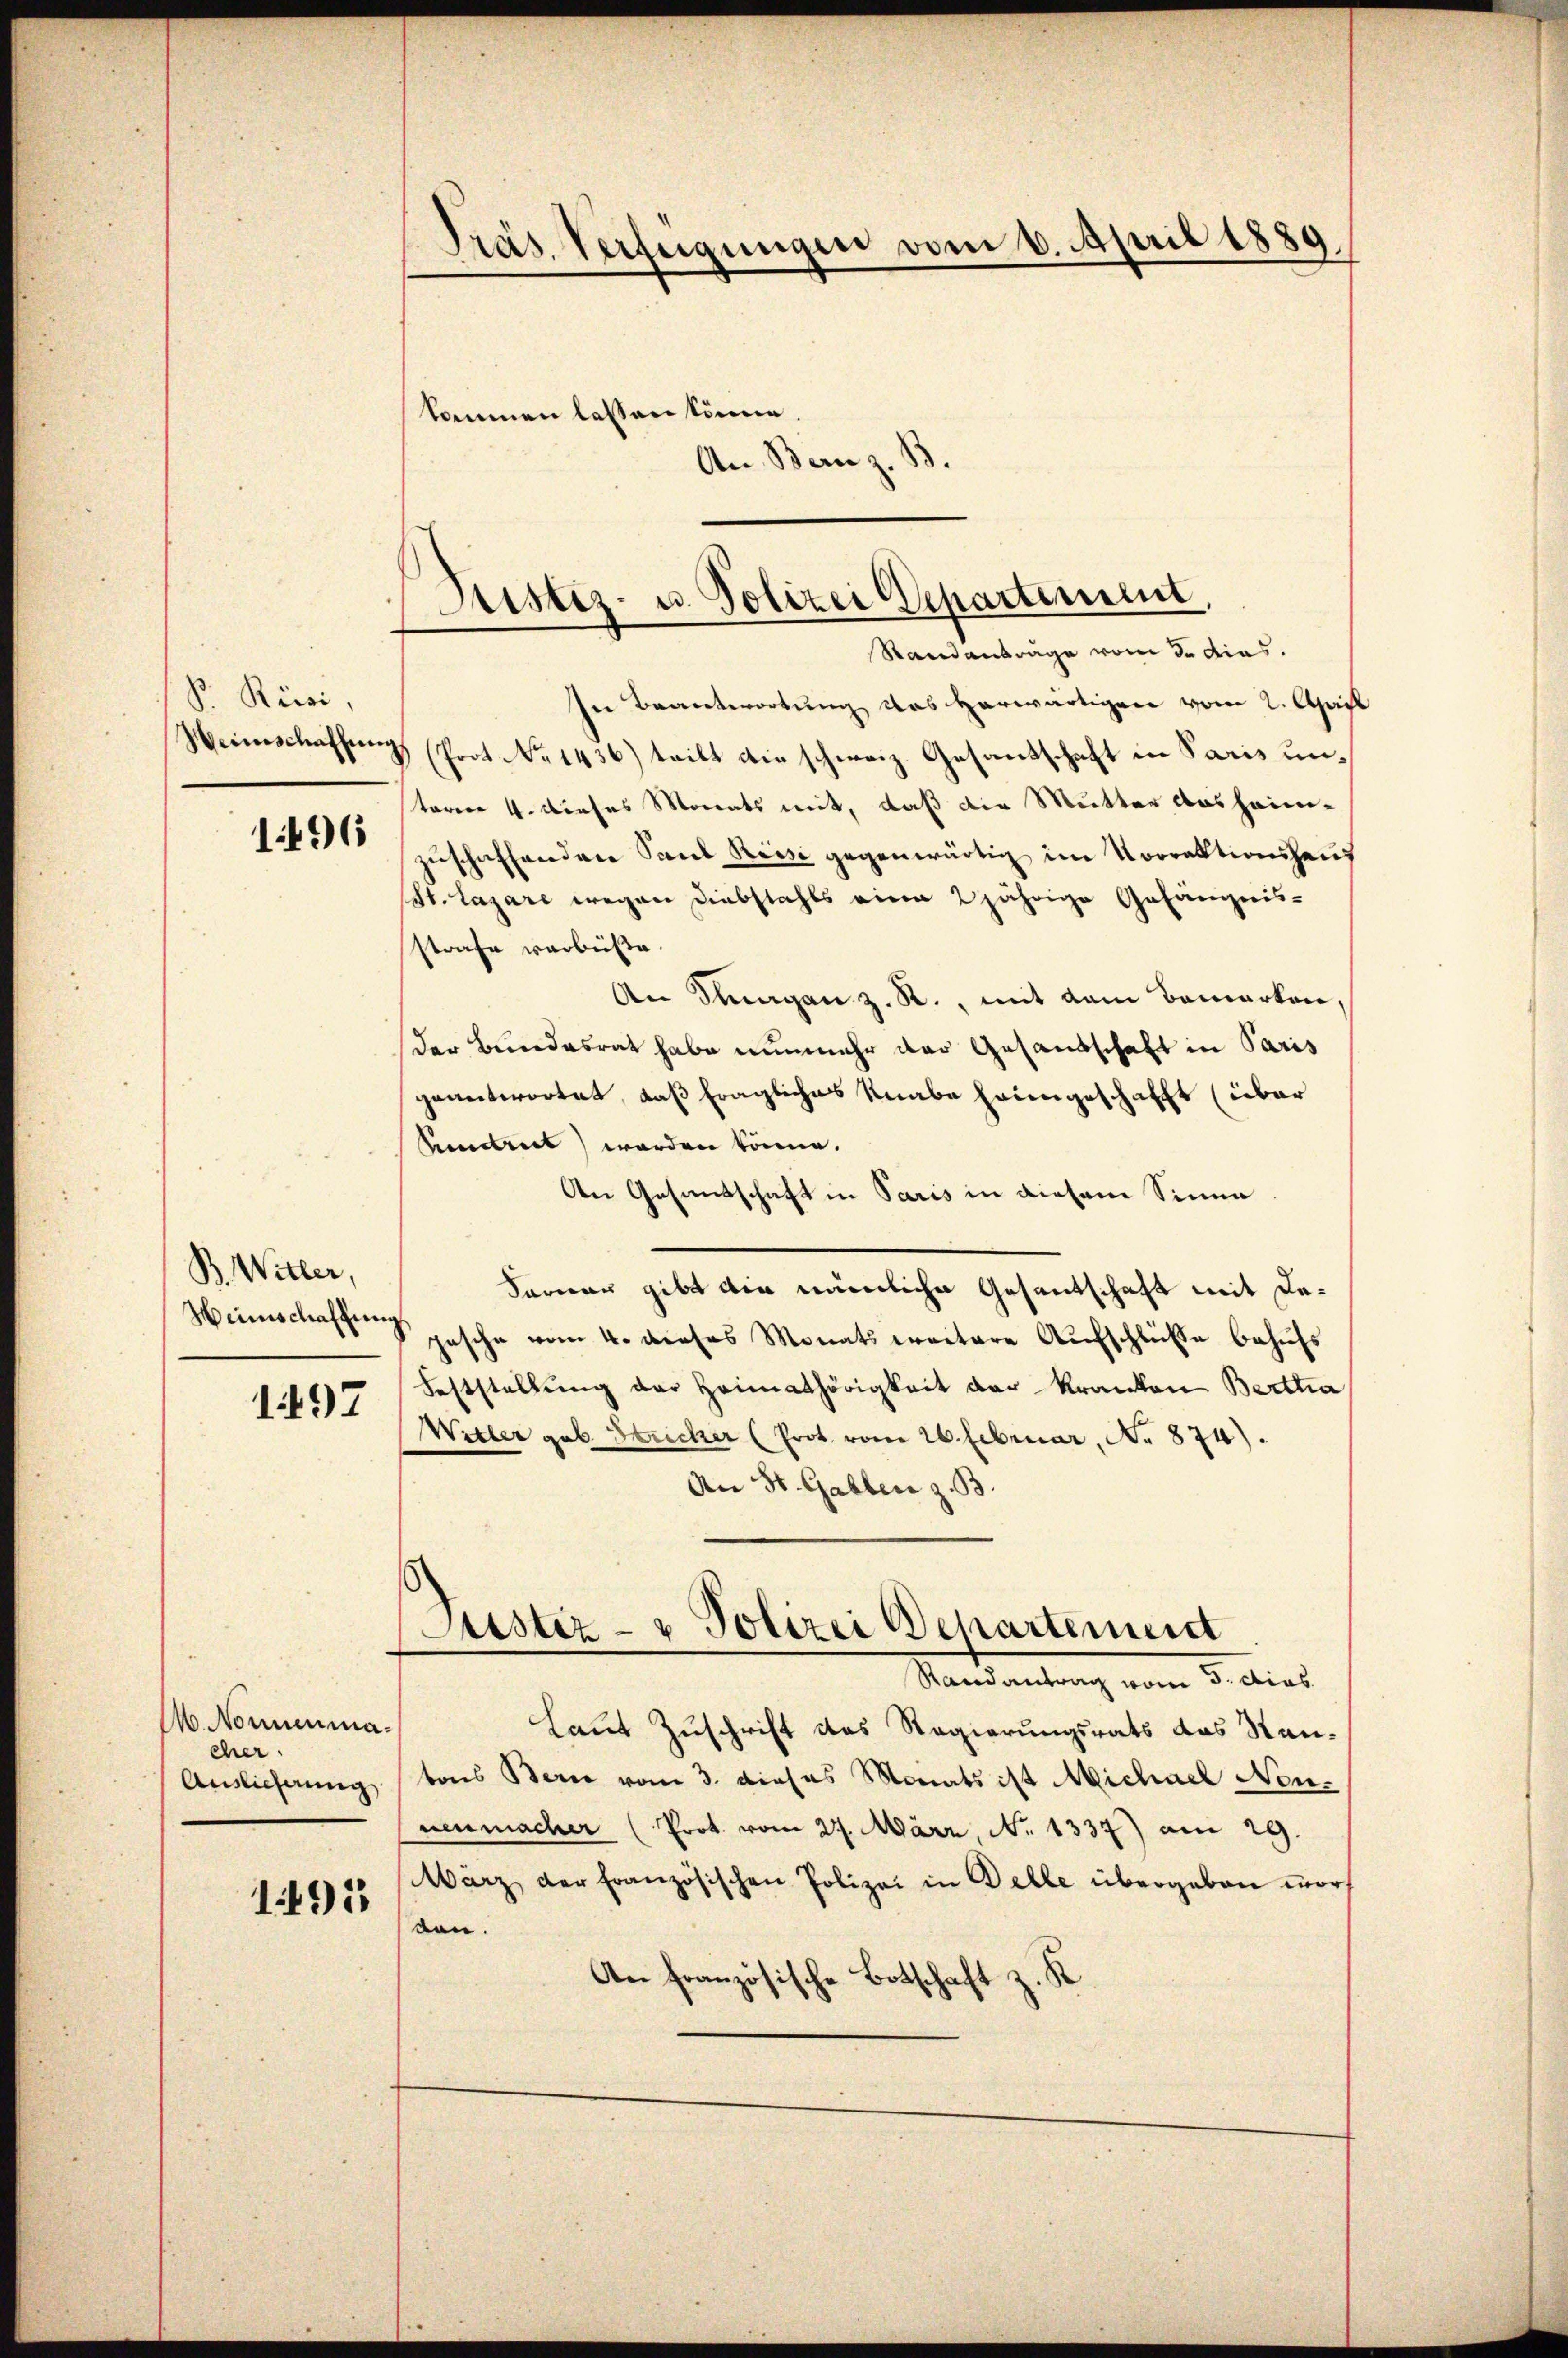
Pr. Russi,

1496

B. Witter,

1497

14. Nonnenma
eher.
Anslicherung,

1495

Präs. Verfügungen vom 6. April 1889
kommen lassen könne.
An Bern z. B.

Justiz- u. Polizei Departement,
Standanträge vom 3. dies.

In Beantwortung das herwärtigen vom 2. April
Heimschaffung (Prot. No 1436) teilt die schweiz. Gesandschaft in Paris untarere 4. Dieses Monats mit, daß die Mutter das heimzuschaffendere Paul Reise gegenwärtig im Vorraktionshaus
(St. Lazare wegen Diebstahls eine 2jährige Gefängnis-
strafe verbüßte.
An Dingen z. R., mit dem Bemerken
der Bundesrat habe nunmehr der Gesandschaft in Paris
geantwortet, daß fragliches Knabe heimgeschafft (über
Pundtrict werden könne.
An Gesantschaft in Paris in diesem Sinne
Ferner gibt die nämliche Gesantschaft mit De¬
Heimschaffung gesche vom 4. dieses Monats weitere Aufschlüße behufs
Feststellŭng der Heimathörigkeit der Kranken Bertta
Willer geb. Stricher (Prot vom 26. Februar, No 874).
An St. Gallen z. B.
Justiz- & Polizei Departement
Randantrag vom 5. dies
Laut Zuschrift das Regierungsrats das Stantons Beric vom 3. dieses Monats ist Michael Non-
neumacher (Prot. vom 27. März, No 1337) am 29.
Wärz der französischen Polizei in Delle übergeben word
den.
An französische Botschaft z. K